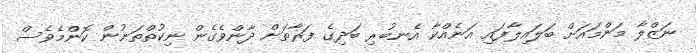
ނަޒްލާ މަންމައަށް ބަލައިލާފައި އަނެއްކާ އެނބުރި ބަދިގެ ފަރާތަށް ދާންވެގެން ނިކުތްތަނުން ކޮންމެވެސް